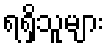
ရရှိသူများ